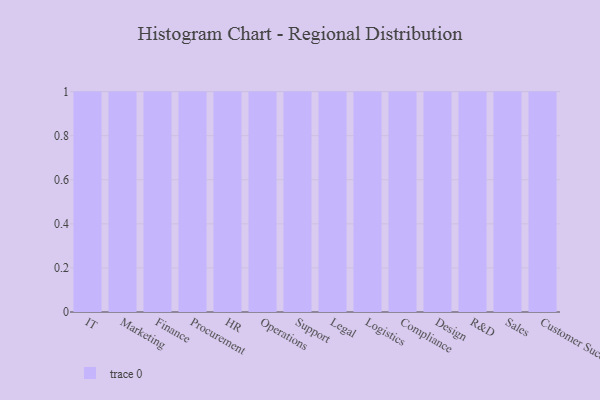
{"axis": {"x": "Department", "y": "Inventory Turnover"}, "legend": [""], "data": [{"x": "IT", "y": 34, "type": ""}, {"x": "Marketing", "y": 1, "type": ""}, {"x": "Finance", "y": 95, "type": ""}, {"x": "Procurement", "y": 24, "type": ""}, {"x": "HR", "y": 58, "type": ""}, {"x": "Operations", "y": 57, "type": ""}, {"x": "Support", "y": 4, "type": ""}, {"x": "Legal", "y": 70, "type": ""}, {"x": "Logistics", "y": 97, "type": ""}, {"x": "Compliance", "y": 100, "type": ""}, {"x": "Design", "y": 97, "type": ""}, {"x": "R&D", "y": 91, "type": ""}, {"x": "Sales", "y": 48, "type": ""}, {"x": "Customer Success", "y": 42, "type": ""}]}